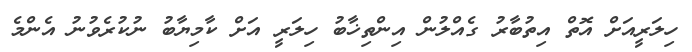
ހިލަރީއަށް އޮތް އިތުބާރު ގެއްލުން އިންތިޚާބު ހިލަރީ އަށް ކާމިޔާބު ނުކުރެވުނު އެންމެ